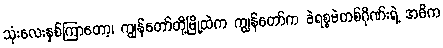
သုံးလေးနှစ်ကြာတော့၊ ကျွန်တော်တို့မြို့ထဲက ကျွန်တော်က ခဲရစ္စမဲတစ်ဂိုဏ်းရဲ့ အဓိက